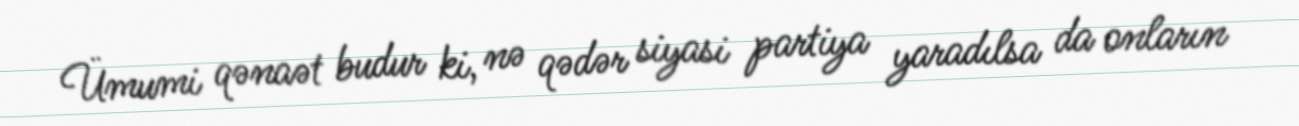
Ümumi qənaət budur ki, nə qədər siyasi partiya yaradılsa da onların